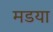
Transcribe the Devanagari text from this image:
मडया